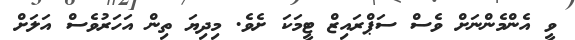
ވީ އެންމެންނަށް ވެސް ސަޕްރައިޒް ޓީމަކަ ށެވެ. މިދިޔަ ތިން އަހަރުވެސް އަލަށް